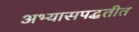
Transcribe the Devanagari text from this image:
अभ्यासपद्धतीत